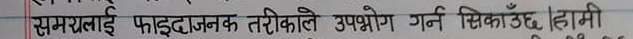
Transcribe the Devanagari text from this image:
समयलाई फाइदाजनक तरिकाले उपभोग गर्न सिकाउँछ।हामी